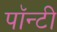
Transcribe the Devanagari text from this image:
पॉन्टी